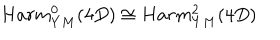
H a r m _ { Y M } ^ { 0 } ( 4 D ) \cong H a r m _ { Y M } ^ { 2 } ( 4 D )